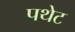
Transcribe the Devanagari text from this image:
पथेट